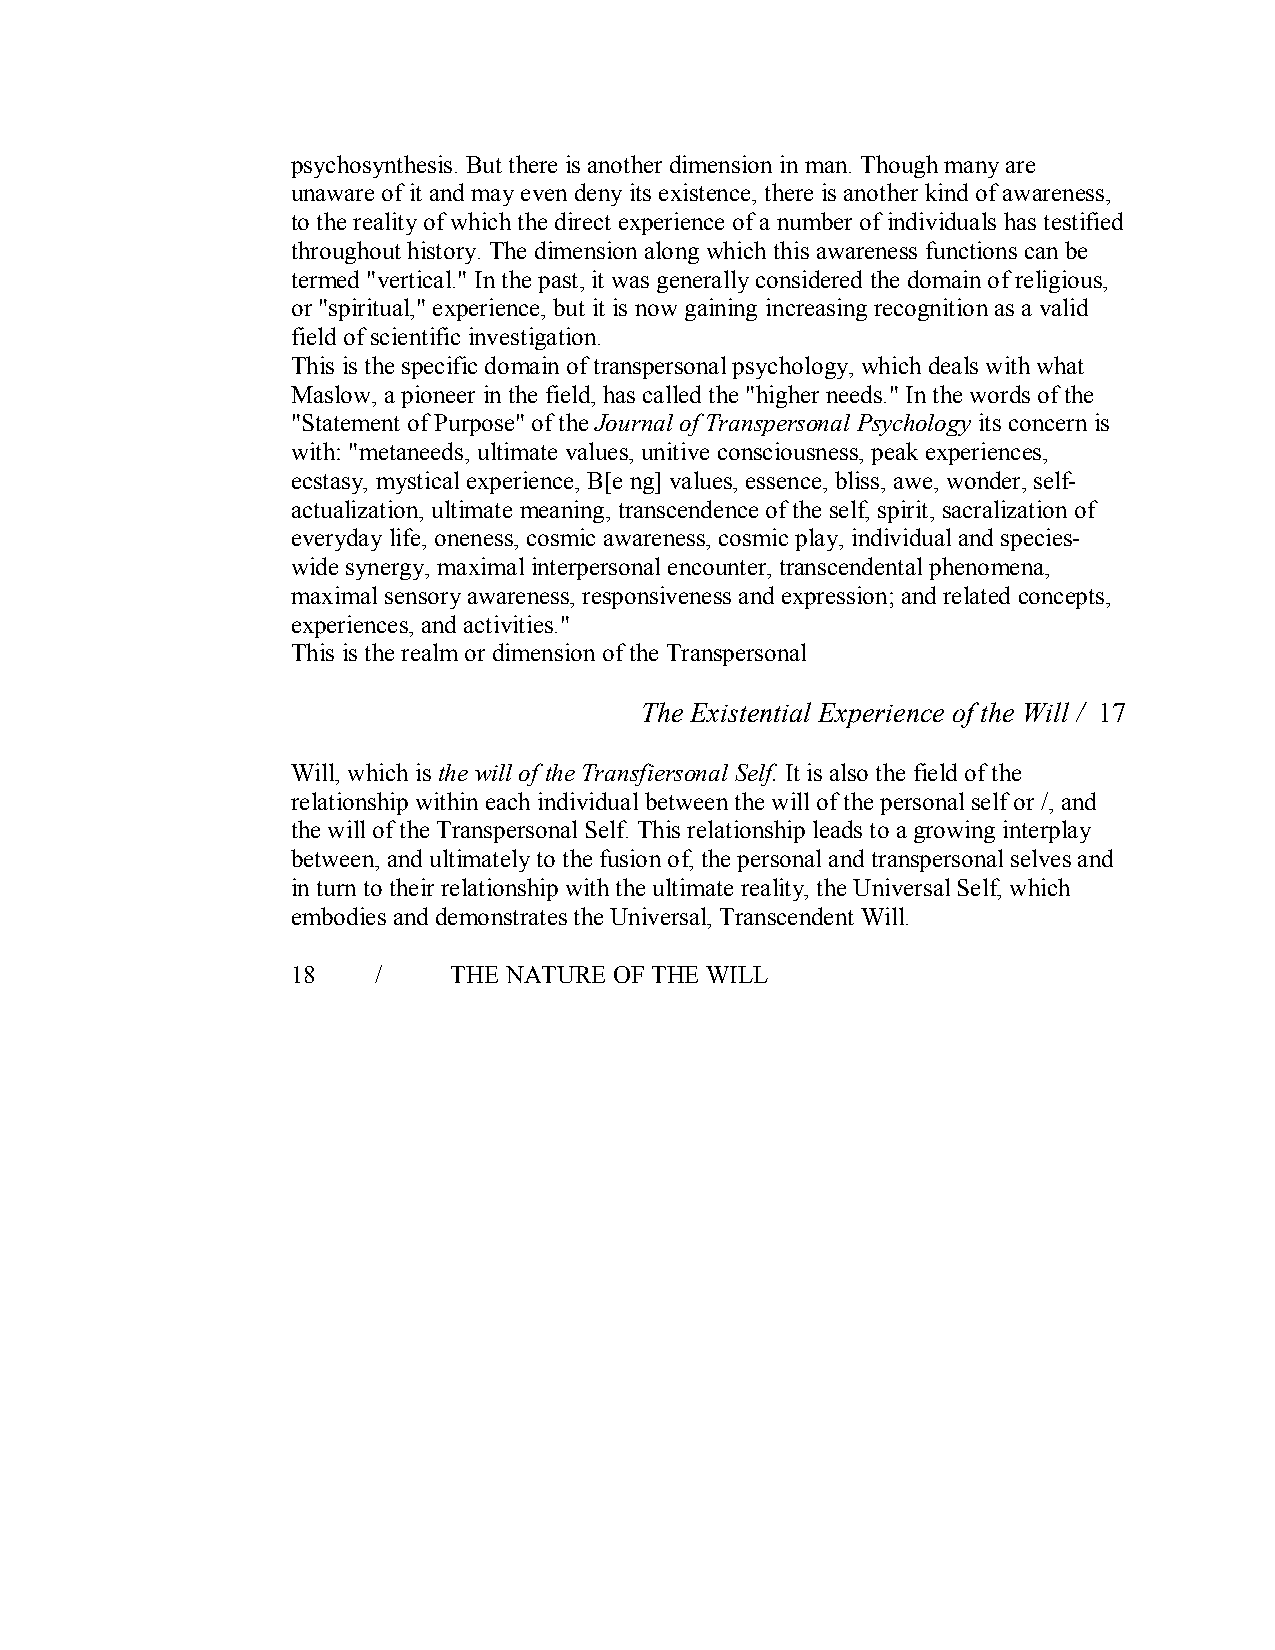
psychosynthesis. But there is another dimension in man. Though many are
 unaware of it and may even deny its existence, there is another kind of awareness,
 to the reality ofwhich the direct experience of a number of individuals has testified
 throughout history. The dimension along which this awareness functions can be
 termed "vertical." In the past, it was generally considered the domain of religious,
 or "spiritual," experience, but it is now gaining increasing recognition as a valid
 field of scientific investigation.
 This is the specific domain of transpersonal psychology, which deals with what
 Maslow, a pioneer in the field, has called the "higher needs." In the words ofthe
 "Statement of Purpose" of the Journal of Transpersonal Psychology its concern is
 with: "metaneeds, ultimate values, unitive consciousness, peak experiences,
 ecstasy, mystical experience, B[e ng] values, essence, bliss, awe, wonder, self­
 actualization, ultimate meaning, transcendence of the self, spirit, sacralization of
 everyday life, oneness, cosmic awareness, cosmic play, individual and species­
 wide synergy, maximal interpersonal encounter, transcendental phenomena,
 maximal sensory awareness, responsiveness and expression; and related concepts,
 experiences, and activities."
 This is the realm or dimension of the Transpersonal
 The Existential Experience of the Will / 17
 Will, which is the will of the Transfiersonal Self.It is also the field of the
 relationship within each individual between the will of the personal self or /, and
 the will of the Transpersonal Self. This relationship leads to a growing interplay
 between, and ultimately to the fusion of, the personal and transpersonal selves and
 in turn to their relationship with the ultimate reality, the Universal Self, which
 embodies and demonstrates the Universal, Transcendent Will.
 18    /    THE NATURE OF THE WILL